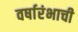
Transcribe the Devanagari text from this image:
वर्षारंभाची